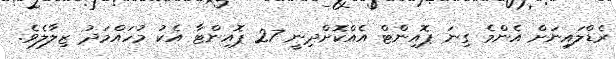
ރެޑްލައިނަށް އެންމެ ގިނަ ޕޮއިންޓް އެއްކޮށްދިނީ 27 ޕޮއިންޓާ އެކު މުހައްމަދު ޒިލާލެވެ.